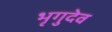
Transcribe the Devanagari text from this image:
भृगुदेव